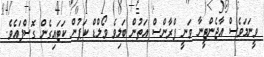
ވީނަމަވެސް އާޖެންޓީނާ ވަނީ ފްރާންސް އަތުން ބަލިވެ ވޯލްޑް ކަޕުން ކަޓައިގެން ގޮސްފައެވެ.